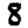
Digit: 8